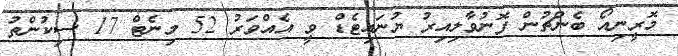
މޮރީނިއޯ ބެންޗުން ފޮނުވާލިއިރު ޔުނައިޓެޑް ވީ އެއްވަރު 52 މިނެޓް 17 ސިކުންތު